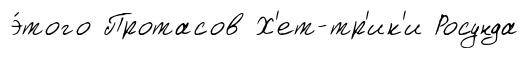
э́того Протасов Х'ет-тр'ик'и Росунда